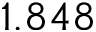
1 . 8 4 8